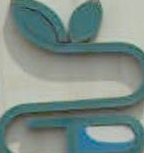
N